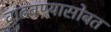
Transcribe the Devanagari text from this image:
वाढवण्यासोबत